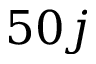
5 0 j